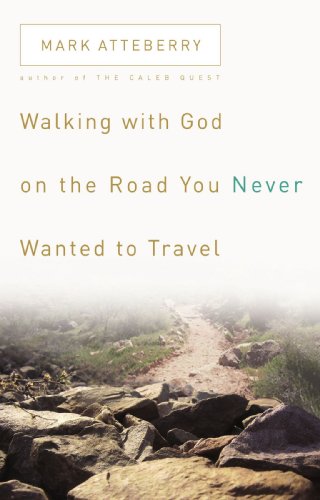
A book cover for Walking with God on the Road You Never Wanted to Travel; Mark Atteberry; Christian Books & Bibles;